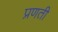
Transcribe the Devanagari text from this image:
प्रणती